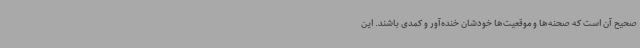
صحیح آن است که صحنه‌ها و موقعیت‌ها خودشان خنده‌آور و کمدی باشند. این